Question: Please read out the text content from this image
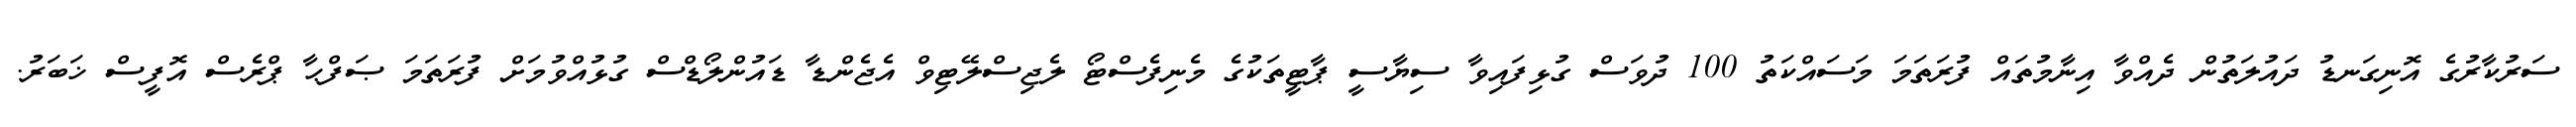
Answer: ސަރުކާރުގެ އޮނިގަނޑު ދައުލަތުން ދެއްވާ އިނާމުތައް ފުރަތަމަ މަސައްކަތު 100 ދުވަސް ގުޅިފައިވާ ސިޔާސީ ޕާޓީތަކުގެ މެނިފެސްޓޯ ލެޖިސްލޭޓިވް އެޖެންޑާ ޑައުންލޯޑްސް ގުޅުއްވުމަށް ފުރަތަމަ ޞަފްޙާ ޕްރެސް އޮފީސް ޚަބަރު.